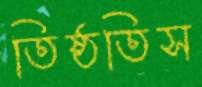
তিষ্ঠতিস